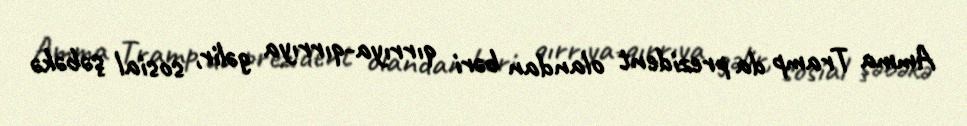
Amma Tramp da prezident olandan bəri qırrıya-qırrıya gəlir, sosial şəbəkə